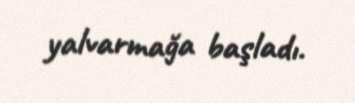
yalvarmağa başladı.